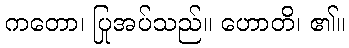
ကတော၊ ပြုအပ်သည်။ ဟောတိ၊ ၏။